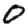
Digit: 0